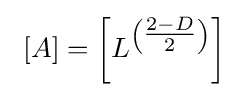
\ \left[A\right]=\left[L^{\left({\tfrac {2-D}{2}}\right)}\right]\